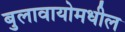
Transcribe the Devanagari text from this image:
बुलावायोमधील